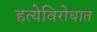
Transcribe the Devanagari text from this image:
हत्येविरोधात